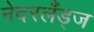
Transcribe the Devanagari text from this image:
नेदरलँड्ज